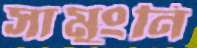
সামুংনি